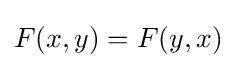
F(x,y)=F(y,x)